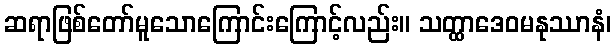
ဆရာဖြစ်တော်မူသောကြောင်းကြောင့်လည်း။ သတ္ထာဒေဝမနုဿာနံ၊